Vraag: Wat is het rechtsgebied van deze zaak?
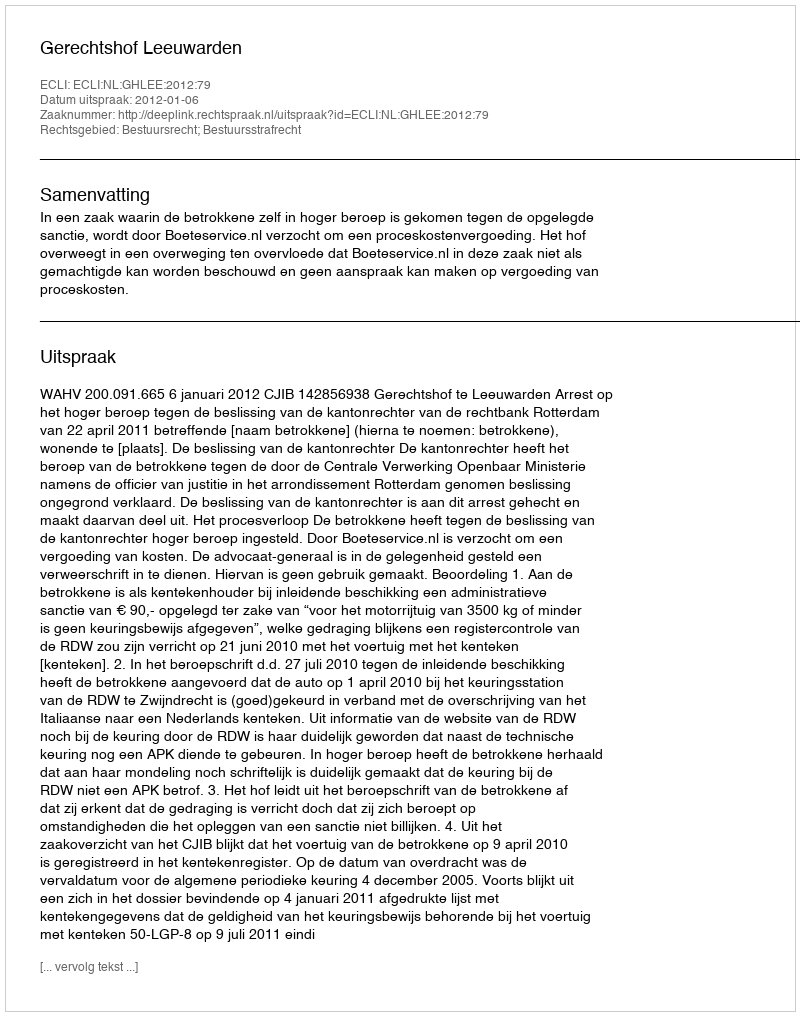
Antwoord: Bestuursrecht; Bestuursstrafrecht